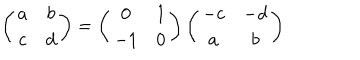
\left( \begin{array} { c c } { { a } } & { { b } } \\ { { c } } & { { d } } \\ \end{array} \right) = \left( \begin{array} { c c } { { 0 } } & { { 1 } } \\ { { - 1 } } & { { 0 } } \\ \end{array} \right) \left( \begin{array} { c c } { { - c } } & { { - d } } \\ { { a } } & { { b } } \\ \end{array} \right)